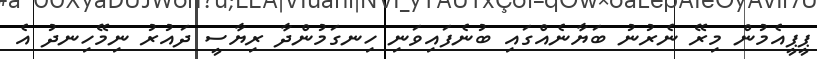
ޕީޕީއެމުން މިރޭ ނެރުނު ބަޔާނެއްގައި ބުނެފައިވަނި ހިނގަމުންދާ ރިޔާސީ ދައުރު ނިމޭހިނދު އެ